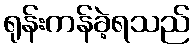
ရုန်းကန်ခဲ့ရသည်